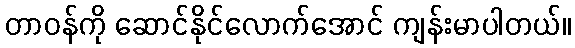
တာဝန်ကို ဆောင်နိုင်လောက်အောင် ကျန်းမာပါတယ်။